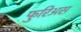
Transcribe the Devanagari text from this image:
फुरिअस